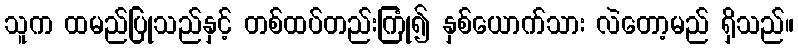
သူက ထမည်ပြုသည်နှင့် တစ်ထပ်တည်းကြုံ၍ နှစ်ယောက်သား လဲတော့မည် ရှိသည်။